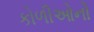
કોળીઓનો